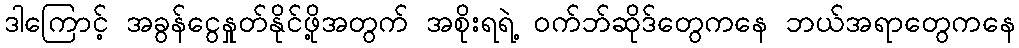
ဒါကြောင့် အခွန်ငွေနှုတ်နိုင်ဖို့အတွက် အစိုးရရဲ့ ဝက်ဘ်ဆိုဒ်တွေကနေ ဘယ်အရာတွေကနေ